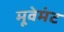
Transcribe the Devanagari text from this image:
मूवेमंट